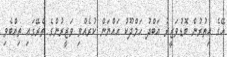
އޭގެ އިތުރުން ބޮޑުވަޒީރު އަބްދު ހަމްދޫކު އައްޔަން ކުރެއްވި ވަޒީރުންގެ ތެރޭގައި ތިއްބެވި